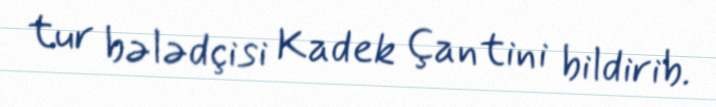
tur bələdçisi Kadek Çantini bildirib.